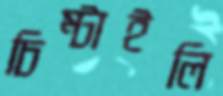
চিম্‌টাইলি